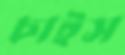
চাইস